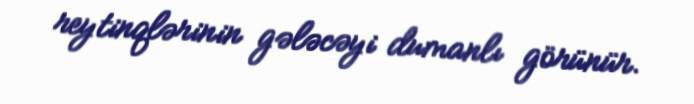
reytinqlərinin gələcəyi dumanlı görünür.